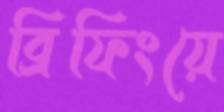
ব্রিফিংয়ে